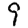
Digit: 9